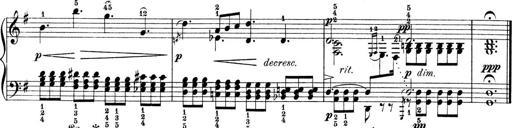
Title: 9 Sonatinen
Composer: Alexander Winterberger